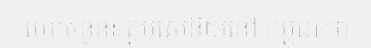
ហៅចំនួនឧត្តមសេនីយ៍នៅ កម្ពុជា ថា